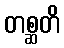
တစ္ဆတိ